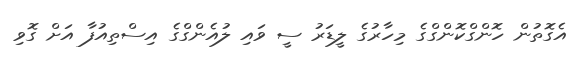
އެގޮތުން ހޮންގްކޮންގްގެ މިހާރުގެ ލީޑަރު ސީ ވައި ލުއެންގްގެ އިސްތިއުފާ އަށް ގޮވި